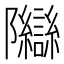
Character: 𬯨